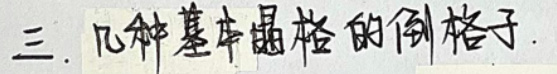
三、几种基本晶格的例子.